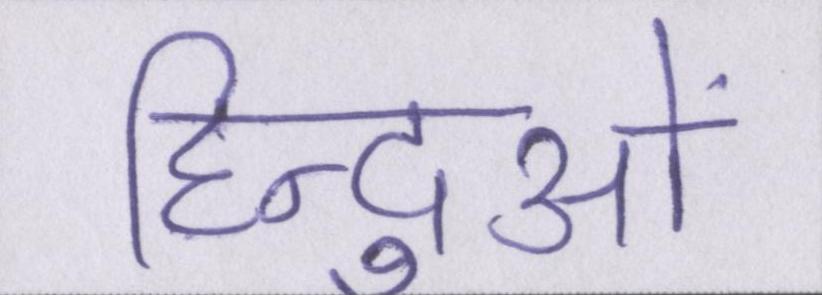
हिन्दुओं